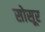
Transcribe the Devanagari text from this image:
सोसूर